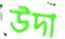
উদা